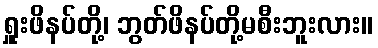
ရှူးဖိနပ်တို့၊ ဘွတ်ဖိနပ်တို့မစီးဘူးလား။